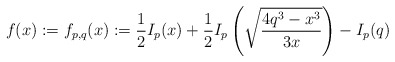
\begin{align*} f(x) := f_{p,q} (x) := \frac{1}{2}I_p(x) + \frac12I_p\left(\sqrt{\frac{4q^3-x^3}{3x}} \right) - I_p(q)\end{align*}